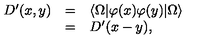
\begin{array} { r c l } { D ^ { \prime } ( x , y ) } & { = } & { \langle \Omega | \varphi ( x ) \varphi ( y ) | \Omega \rangle } \\ { } & { = } & { D ^ { \prime } ( x - y ) , } \\ \end{array}